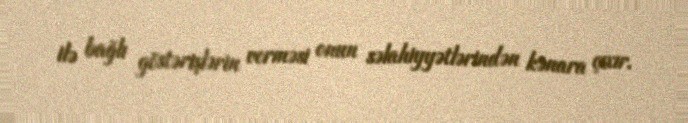
ilə bağlı göstərişlərin verməsi onun səlahiyyətlərindən kənara çıxır.